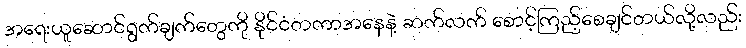
အရေးယူဆောင်ရွက်ချက်တွေကို နိုင်ငံတကာအနေနဲ့ ဆက်လက် စောင့်ကြည့်စေချင်တယ်လို့လည်း